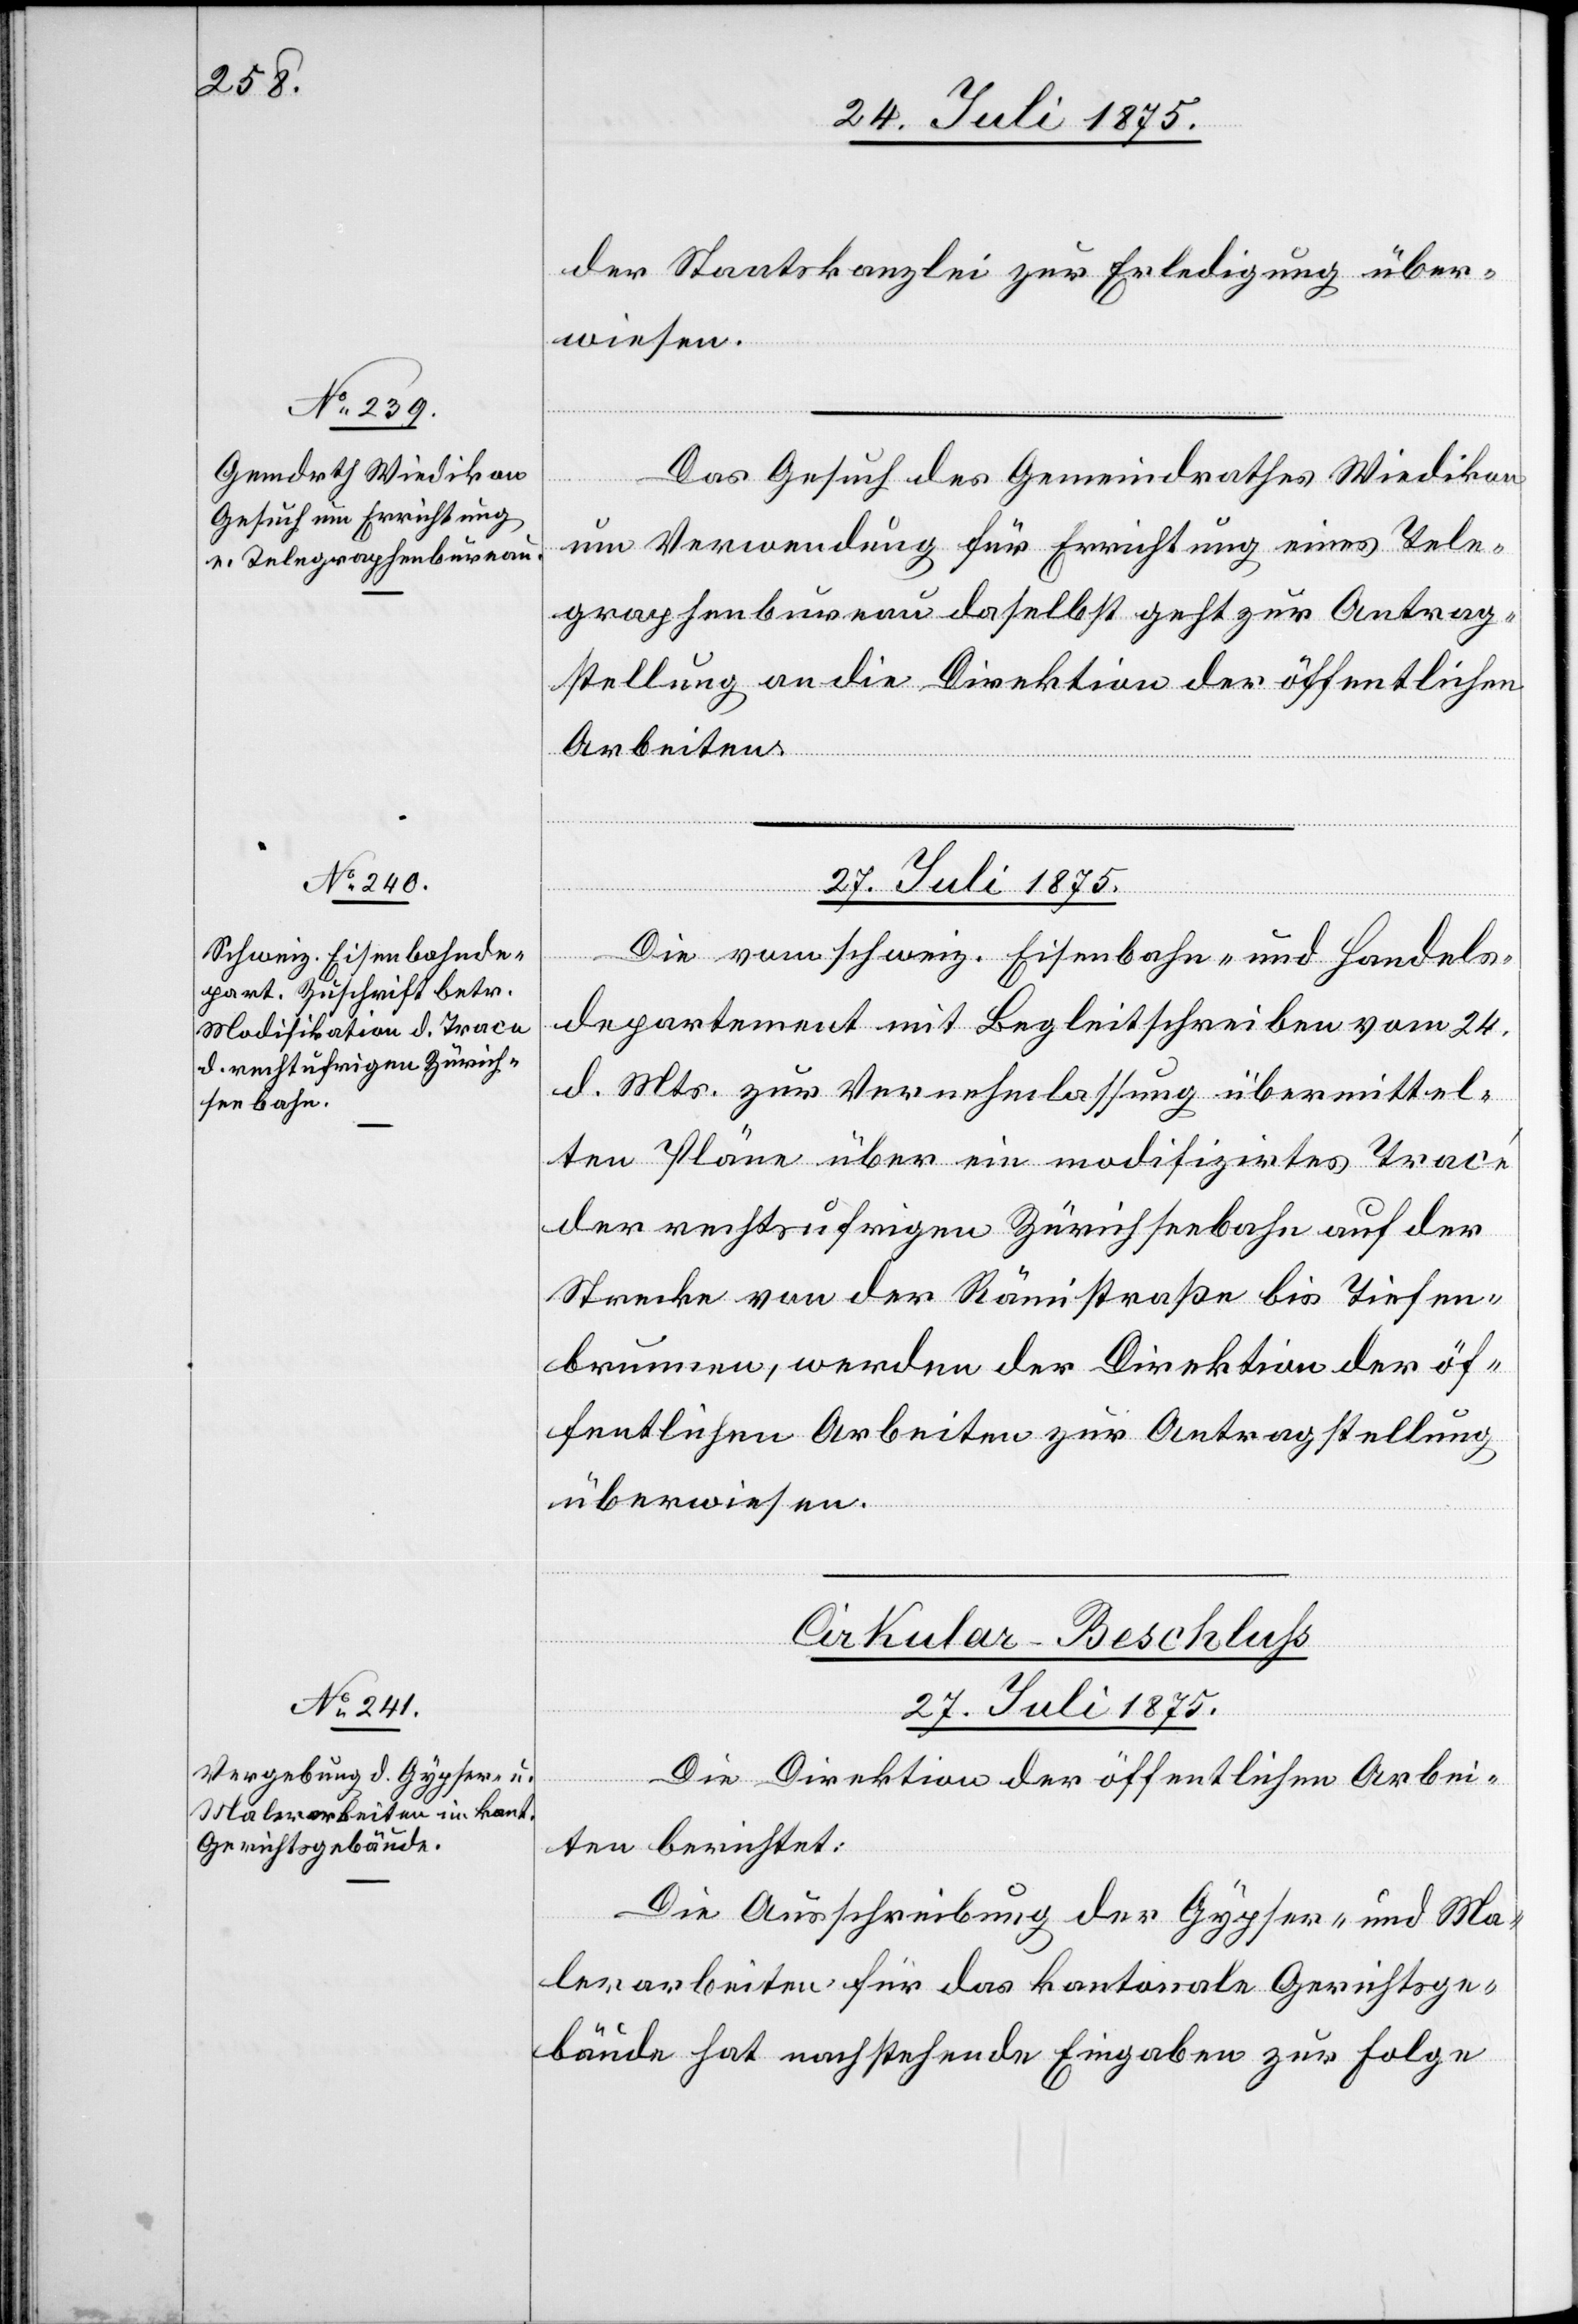
der Staatskanzlei zur Erledigung über¬
wiesen.
Das Gesuch des Gemeindrathes Wiedikon
um Verwendung für Errichtung eines Tele¬
graphenbureau daselbst geht zur Antrag¬
stellung an die Direktion der öffentlichen
Arbeiten.
27. Juli 1875.
Die vom schweiz. Eisenbahn- und Handels¬
departement mit Begleitschreiben vom 24.
d. Mts. zur Vernehmlassung übermittel¬
ten Pläne über ein modifizirtes Trace
der rechtsufrigen Zürichseebahn auf der
Strecke von der Rämistraße bis Tiefen¬
brunnen, werden der Direktion der öf¬
fentlichen Arbeiten zur Antragstellung
überwiesen.
Cirkular-Beschluß.
27. Juli 1875.
Die Direktion der öffentlichen Arbei¬
ten berichtet:
Die Ausschreibung der Gypser- und Ma¬
lerarbeiten für das kantonale Gerichtsge¬
bäude hat nachstehende Eingaben zu Folge